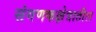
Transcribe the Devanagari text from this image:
संगणकक्षेत्रातील